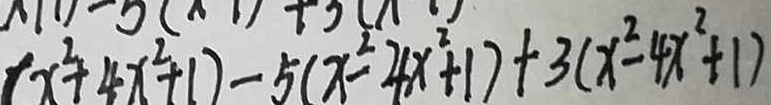
( x ^ { 2 } + 4 x ^ { 2 } + 1 ) - 5 ( x ^ { 2 } - 4 x ^ { 2 } + 1 ) + 3 ( x ^ { 2 } - 4 x ^ { 2 } + 1 )